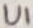
Text: U1